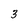
Character: 3